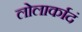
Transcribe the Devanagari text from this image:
लोलार्कादं